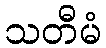
သတီမံ